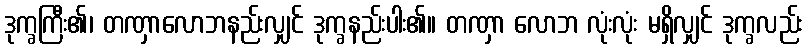
ဒုက္ခကြီး၏၊ တဏှာလောဘနည်းလျှင် ဒုက္ခနည်းပါး၏။ တဏှာ လောဘ လုံးလုံး မရှိလျှင် ဒုက္ခလည်း